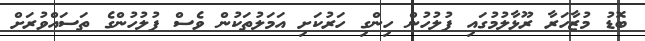
ބޮޑު މުޒާހަރާ ރޫޅާލުމުގައި ފުލުހުން ހިންގި ހަރުކަށި އަމަލުތަކުން ވެސް ފުލުހުންގެ ތަސައްވުރަށް